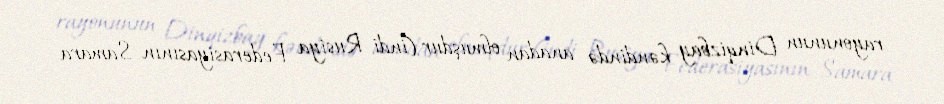
rayonunun Dinqizbay kəndində anadan olmuşdur (indi Rusiya Federasiyasının Samara